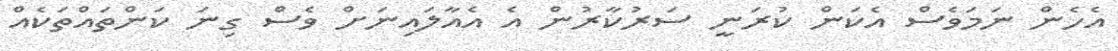
އެހެން ނަމަވެސް އެކަން ކުރަނީ ސަރުކާރުން އެ އެއާލައިނަށް ވެސް ގިނަ ކަންތައްތަކެއް